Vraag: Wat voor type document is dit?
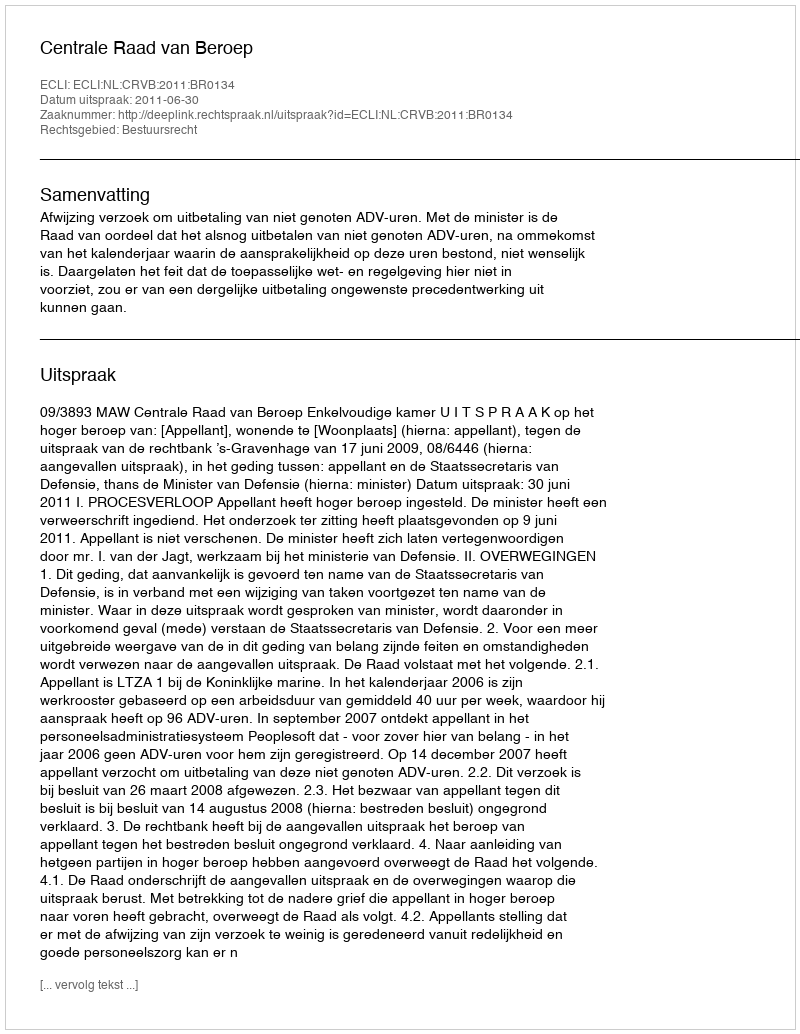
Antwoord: Uitspraak